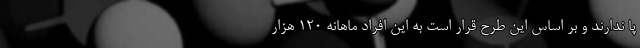
پا ندارند و بر اساس این طرح قرار است به این افراد ماهانه ۱۲۰ هزار